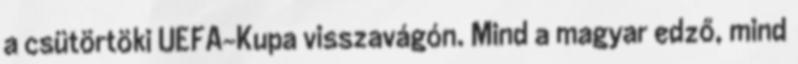
a csütörtöki UEFA-Kupa visszavágón. Mind a magyar edző, mind